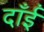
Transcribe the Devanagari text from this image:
दाँईं